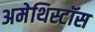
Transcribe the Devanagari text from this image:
अमेथिस्टॉस